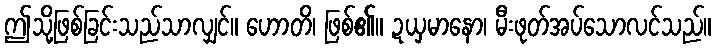
ဤသို့ဖြစ်ခြင်းသည်သာလျှင်။ ဟောတိ၊ ဖြစ်၏။ ဍယှမာနော၊ မီးဖုတ်အပ်သောလင်သည်။